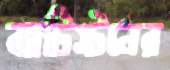
ব্যাটিস্টনের